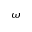
\omega